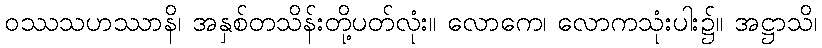
ဝဿသဟဿာနိ၊ အနှစ်တသိန်းတို့ပတ်လုံး။ လောကေ၊ လောကသုံးပါး၌။ အဋ္ဌာသိ၊